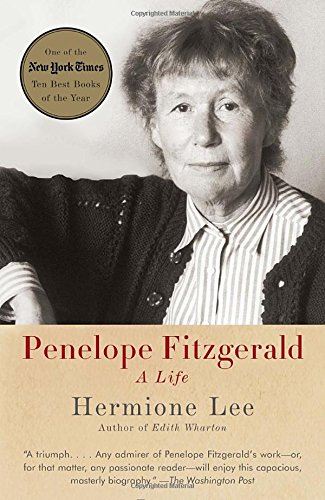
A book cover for Penelope Fitzgerald: A Life; Hermione Lee; Biographies & Memoirs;